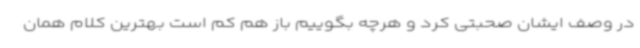
در وصف ایشان صحبتی کرد و هرچه بگوییم باز هم کم است بهترین کلام همان